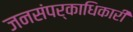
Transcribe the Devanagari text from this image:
जनसंपर्काधिकारी